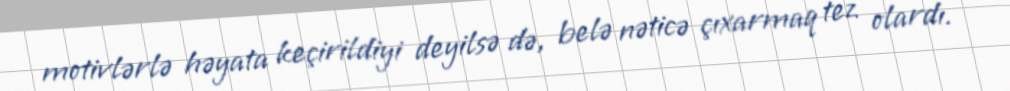
motivlərlə həyata keçirildiyi deyilsə də, belə nəticə çıxarmaq tez olardı.